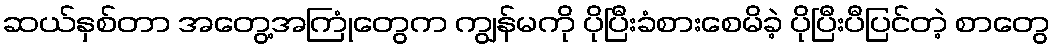
ဆယ်နှစ်တာ အတွေ့အကြုံတွေက ကျွန်မကို ပိုပြီးခံစားစေမိခဲ့ ပိုပြီးပီပြင်တဲ့ စာတွေ